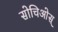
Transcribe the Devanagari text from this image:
सोचिओस्